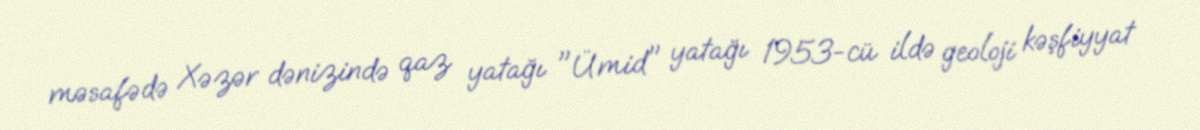
məsafədə Xəzər dənizində qaz yatağı "Ümid" yatağı 1953-cü ildə geoloji kəşfiyyat